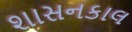
શાસનકાલ